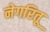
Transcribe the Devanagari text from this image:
नेगरितू